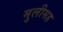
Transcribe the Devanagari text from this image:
मुलीसह